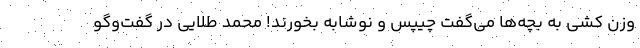
وزن کشی به بچه‌ها می‌گفت چیپس و نوشابه بخورند! محمد طلایی در گفت‌و‌گو